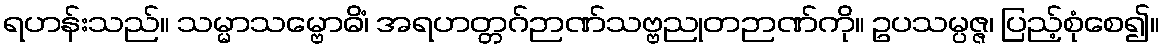
ရဟန်းသည်။ သမ္မာသမ္ဗောဓိံ၊ အရဟတ္တဂ်ဉာဏ်သဗ္ဗညုတဉာဏ်ကို။ ဥပသမ္ပဇ္ဇ၊ ပြည့်စုံစေ၍။